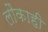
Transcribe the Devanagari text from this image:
लौकाही